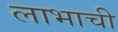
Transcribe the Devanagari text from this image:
लाभाची